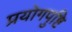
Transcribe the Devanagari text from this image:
प्रयोगपुष्टि